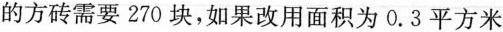
的方砖需要270块，如果改用面积为0.3平方米